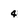
Character: 4